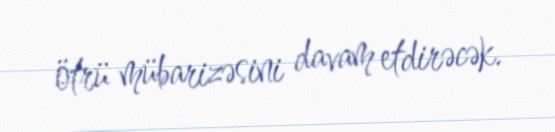
ötrü mübarizəsini davam etdirəcək.